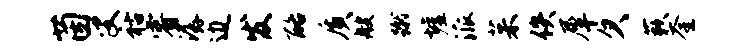
茵叟祜睿潺边发酪质艘蹴墟派茱佚犀欠蔌奎